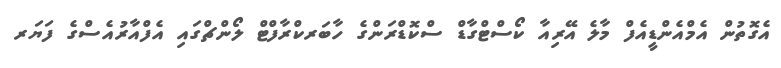
އެގޮތުން އެމްއެންޑީއެފް މާލެ އޭރިއާ ކޯސްޓްގާޑް ސްކޮޑްރަންގެ ހާބަރކްރާފްޓް ލޯންޗްގައި އެފްއާރުއެސްގެ ފަޔަރ